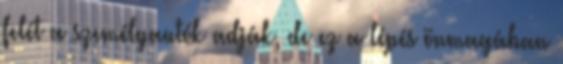
felét a személyautók adják, de ez a lépés önmagában